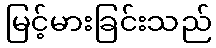
မြင့်မားခြင်းသည်